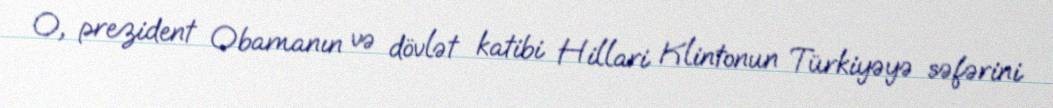
O, prezident Obamanın və dövlət katibi Hillari Klintonun Türkiyəyə səfərini